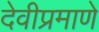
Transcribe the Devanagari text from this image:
देवीप्रमाणे